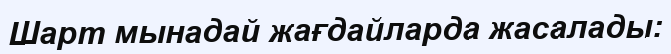
Шарт мынадай жағдайларда жасалады: